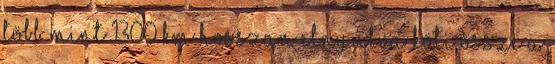
több mint 1300 km hosszan elnyúlva köti össze a